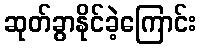
ဆုတ်ခွာနိုင်ခဲ့ကြောင်း